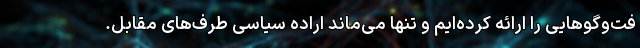
فت‌وگوهایی را ارائه کرده‌ایم و تنها می‌ماند اراده سیاسی طرف‌های مقابل.